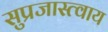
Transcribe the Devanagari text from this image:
सुप्रजास्त्वाय